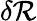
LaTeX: \delta\mathcal{R}